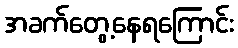
အခက်တွေ့နေရကြောင်း